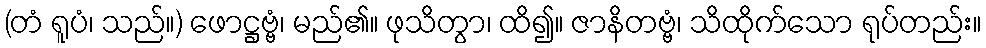
(တံ ရူပံ၊ သည်။) ဖောဋ္ဌဗ္ဗံ၊ မည်၏။ ဖုသိတွာ၊ ထိ၍။ ဇာနိတဗ္ဗံ၊ သိထိုက်သော ရုပ်တည်း။